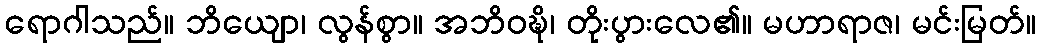
ရောဂါသည်။ ဘိယျော၊ လွန်စွာ။ အဘိဝဍ္ဎိ၊ တိုးပွားလေ၏။ မဟာရာဇ၊ မင်းမြတ်။